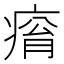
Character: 𤷥